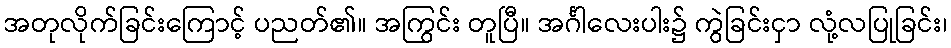
အတုလိုက်ခြင်းကြောင့် ပညတ်၏။ အကြွင်း တူပြီ။ အင်္ဂါလေးပါး၌ ကွဲခြင်းငှာ လုံ့လပြုခြင်း၊